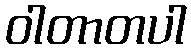
ဝါတာတပါ